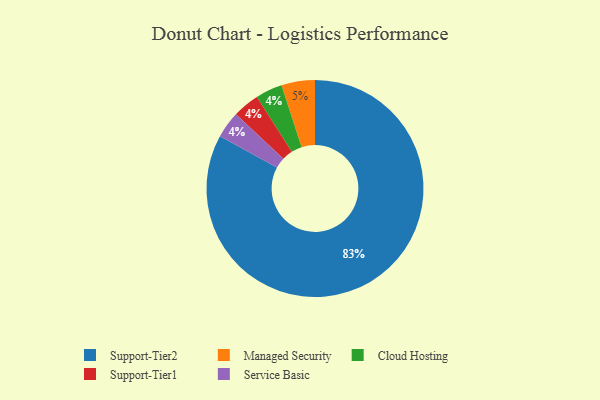
{"axis": {"x": "Category", "y": "Percentage"}, "legend": ["Cloud Hosting", "Managed Security", "Service Basic", "Support-Tier1", "Support-Tier2"], "data": [{"x": "Managed Security", "y": 5, "type": "Managed Security"}, {"x": "Support-Tier2", "y": 83, "type": "Support-Tier2"}, {"x": "Cloud Hosting", "y": 4, "type": "Cloud Hosting"}, {"x": "Support-Tier1", "y": 4, "type": "Support-Tier1"}, {"x": "Service Basic", "y": 4, "type": "Service Basic"}]}